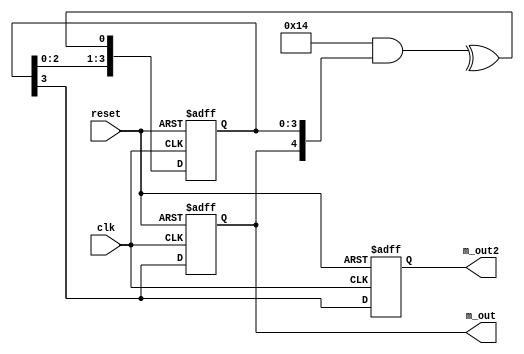
module M_sequence_gen(
input clk,
input reset,
output reg m_out,
output reg m_out2
);

reg [3:0] D;


always@(posedge clk or negedge reset)
begin
	if (~reset) begin
		D <= 4'b0001;
		m_out <= 0;
		m_out2 <= 0;
	end
	else begin
		m_out <= D[3];
		m_out2 <= D[3];
		D[3] <= D[2];
		D[2] <= D[1];
		D[1] <= D[0];
		D[0] <= ^(5'b10100 & {m_out,D});
	end
	
end

endmodule